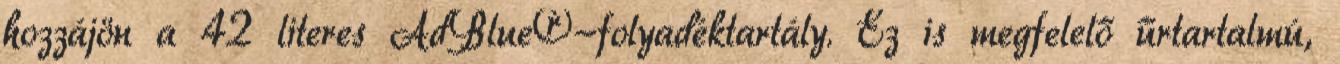
hozzájön a 42 literes AdBlue®-folyadéktartály. Ez is megfelelő űrtartalmú,